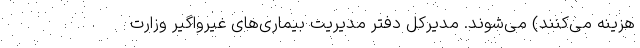
هزینه می‌کنند) می‌شوند. مدیرکل دفتر مدیریت بیماری‌های غیرواگیر وزارت